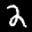
Label: 2